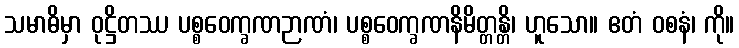
သမာဓိမှာ ဝုဋ္ဌိတဿ ပစ္စဝေက္ခဏဉာဏံ၊ ပစ္စဝေက္ခဏနိမိတ္တန္တိ၊ ဟူသော။ ဧတံ ဝစနံ၊ ကို။